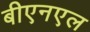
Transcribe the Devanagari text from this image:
बीएनएल